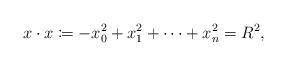
LaTeX: \begin{align*}x\cdot x \coloneqq -x_{0}^{2}+x_{1}^{2}+\dots +x_{n}^{2}=R^{2} ,\end{align*}